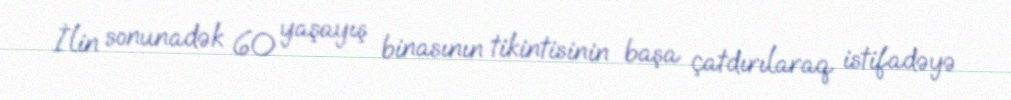
İlin sonunadək 60 yaşayış binasının tikintisinin başa çatdırılaraq istifadəyə